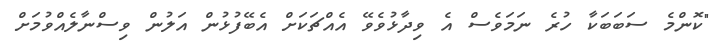
"ކޮންމެ ސަބަބަކާ ހުރެ ނަމަވެސް އެ ވިދާޅުވެވޭ އެއްޗަކަށް އެބޭފުޅުން އަލުން ވިސްނާލެއްވުމަށް